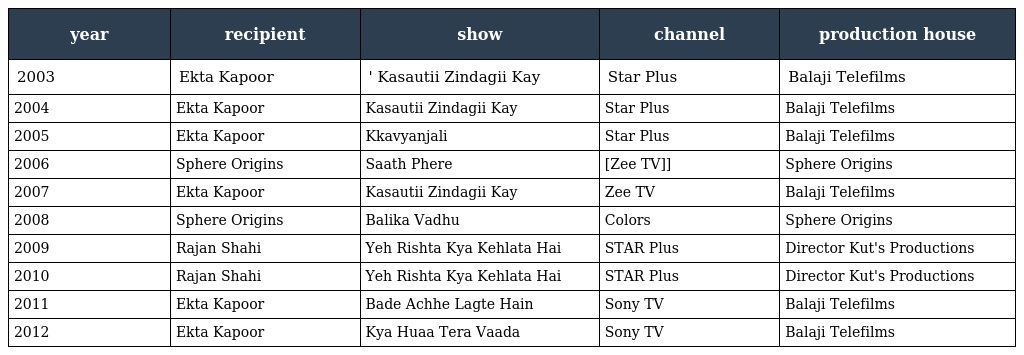
| year | recipient | show | channel | production house |
 | --- | --- | --- | --- | --- |
 | 2003 | Ekta Kapoor | ' Kasautii Zindagii Kay | Star Plus | Balaji Telefilms |
 | 2004 | Ekta Kapoor | Kasautii Zindagii Kay | Star Plus | Balaji Telefilms |
 | 2005 | Ekta Kapoor | Kkavyanjali | Star Plus | Balaji Telefilms |
 | 2006 | Sphere Origins | Saath Phere | [Zee TV]] | Sphere Origins |
 | 2007 | Ekta Kapoor | Kasautii Zindagii Kay | Zee TV | Balaji Telefilms |
 | 2008 | Sphere Origins | Balika Vadhu | Colors | Sphere Origins |
 | 2009 | Rajan Shahi | Yeh Rishta Kya Kehlata Hai | STAR Plus | Director Kut's Productions |
 | 2010 | Rajan Shahi | Yeh Rishta Kya Kehlata Hai | STAR Plus | Director Kut's Productions |
 | 2011 | Ekta Kapoor | Bade Achhe Lagte Hain | Sony TV | Balaji Telefilms |
 | 2012 | Ekta Kapoor | Kya Huaa Tera Vaada | Sony TV | Balaji Telefilms |